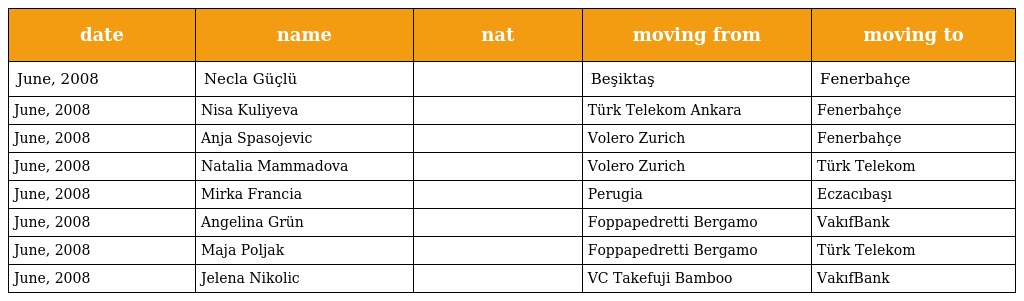
| date | name | nat | moving from | moving to |
 | --- | --- | --- | --- | --- |
 | June, 2008 | Necla Güçlü |  | Beşiktaş | Fenerbahçe |
 | June, 2008 | Nisa Kuliyeva |  | Türk Telekom Ankara | Fenerbahçe |
 | June, 2008 | Anja Spasojevic |  | Volero Zurich | Fenerbahçe |
 | June, 2008 | Natalia Mammadova |  | Volero Zurich | Türk Telekom |
 | June, 2008 | Mirka Francia |  | Perugia | Eczacıbaşı |
 | June, 2008 | Angelina Grün |  | Foppapedretti Bergamo | VakıfBank |
 | June, 2008 | Maja Poljak |  | Foppapedretti Bergamo | Türk Telekom |
 | June, 2008 | Jelena Nikolic |  | VC Takefuji Bamboo | VakıfBank |